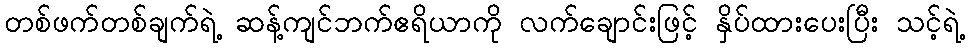
တစ်ဖက်တစ်ချက်ရဲ့ ဆန့်ကျင်ဘက်ဧရိယာကို လက်ချောင်းဖြင့် နှိပ်ထားပေးပြီး သင့်ရဲ့